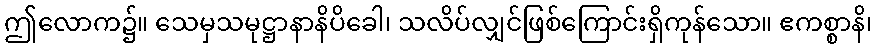
ဤလောက၌။ သေမှသမုဋ္ဌာနာနိပိခေါ၊ သလိပ်လျှင်ဖြစ်ကြောင်းရှိကုန်သော။ ဧကစ္စာနိ၊